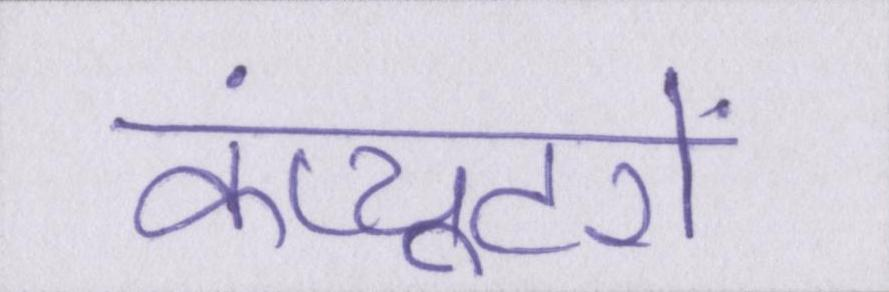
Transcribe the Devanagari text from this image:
कंप्यूटरों